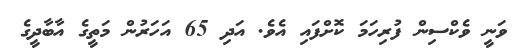
ވަނީ ވެކްސިން ފުރިހަމަ ކޮށްފައި އެވެ. އަދި 65 އަހަރުން މަތީގެ އާބާދީގެ